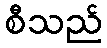
စီသည်